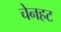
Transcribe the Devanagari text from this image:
चेनहट